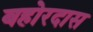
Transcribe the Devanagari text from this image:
बहोरदास